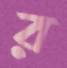
র